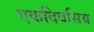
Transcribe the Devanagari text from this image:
एकदिवसिय